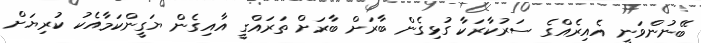
ބޭނުންވަނީ އެއިރެއްގެ ސަރުކާރަކާ ގުޅިގެން ބާރަށް ބާރަށް ތަރައްގީ އާއިގެން ޔަގީންކަމާއެކު ކުރިޔަށް